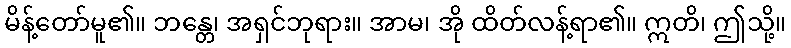
မိန့်တော်မူ၏။ ဘန္တေ၊ အရှင်ဘုရား။ အာမ၊ အို ထိတ်လန့်ရာ၏။ ဣတိ၊ ဤသို့။